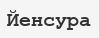
Йенсура